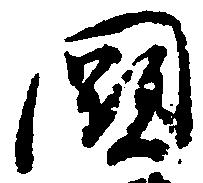
闕